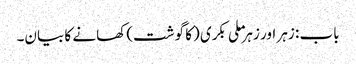
باب : زہر اور زہر ملی بکری (کا گوشت) کھانے کا بیان۔